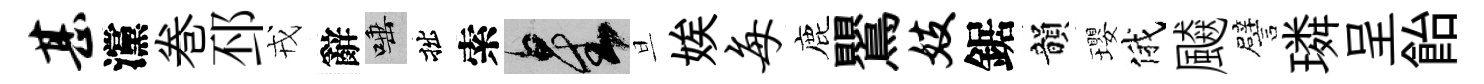
甚灙巻邳戎辭唾拙索星旦娭每鹿鸎妓鋸韻瓔俄飇譬璘呈飴